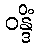
ဝန္ဒိံ